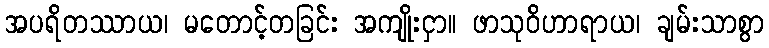
အပရိတဿာယ၊ မတောင့်တခြင်း အကျိုးငှာ။ ဖာသုဝိဟာရာယ၊ ချမ်းသာစွာ